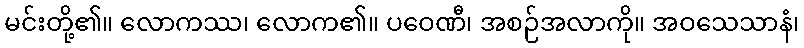
မင်းတို့၏။ လောကဿ၊ လောက၏။ ပဝေဏီ၊ အစဉ်အလာကို။ အဝသေသာနံ၊